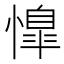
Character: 𢡋